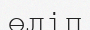
өліп